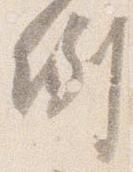
例